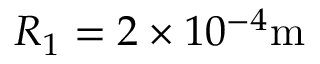
R _ { 1 } = 2 \times 1 0 ^ { - 4 } \mathrm { m }